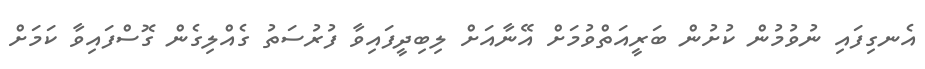
އެނގިފައި ނުވުމުން ކުށުން ބަރީއަތްވުމަށް އޭނާއަށް ލިބިދީފައިވާ ފުރުސަތު ގެއްލިގެން ގޮސްފައިވާ ކަމަށް